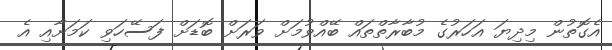
އެގޮތުން މިދިޔަ އަހަރުގެ މުބާރާތްތައް ބޭއްވުމަށް ވަރަށް ބޮޑަށް ފަސޭހަވި ކަމަށާއި އެ